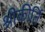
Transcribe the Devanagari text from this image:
श्रीकीर्ति